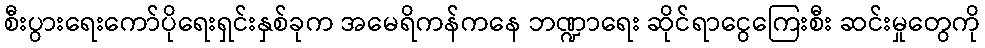
စီးပွားရေးကော်ပိုရေးရှင်းနှစ်ခုက အမေရိကန်ကနေ ဘဏ္ဍာရေး ဆိုင်ရာငွေကြေးစီး ဆင်းမှုတွေကို